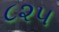
૮૨૫